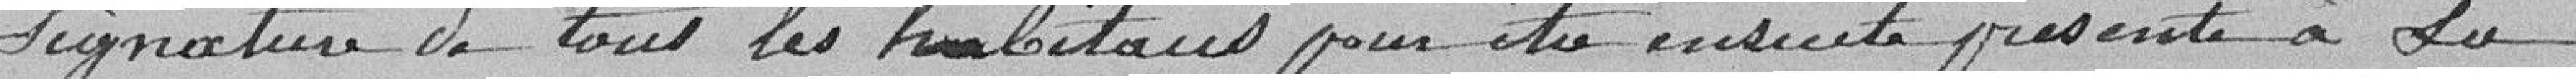
signature de tous les habitants pour être ensuite présenté à sa